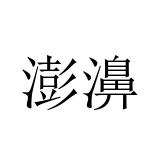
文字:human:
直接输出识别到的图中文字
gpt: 澎濞